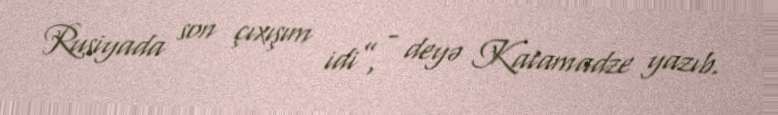
Rusiyada son çıxışım idi”, - deyə Katamadze yazıb.